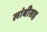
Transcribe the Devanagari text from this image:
लांबीसह